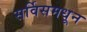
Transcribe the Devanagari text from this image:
सर्विसमधून